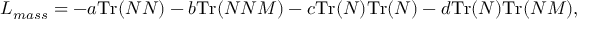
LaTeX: { \cal L } _ { m a s s } = - a \mathrm { T r } ( N N ) - b \mathrm { T r } ( N N { \cal M } ) - c \mathrm { T r } ( N ) \mathrm { T r } ( N ) - d \mathrm { T r } ( N ) \mathrm { T r } ( N { \cal M } ) ,